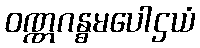
ဝဏ္ဏဂန္ဓမပေါဌယံ